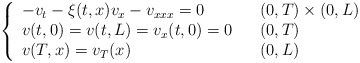
\begin{align*}\left\{\begin{array}[c]{lll}-v_{t}-\xi( t,x) v_{x}-v_{xxx}=0 & & (0,T) \times( 0,L) \\v( t,0) =v( t,L) =v_{x}( t,0) =0 & &( 0,T) \\v( T,x) =v_{T}( x) & & (0,L) \end{array}\right. \end{align*}